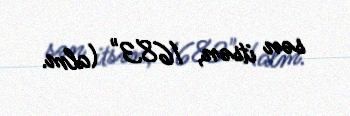
sən itsən, 1683" (alm.